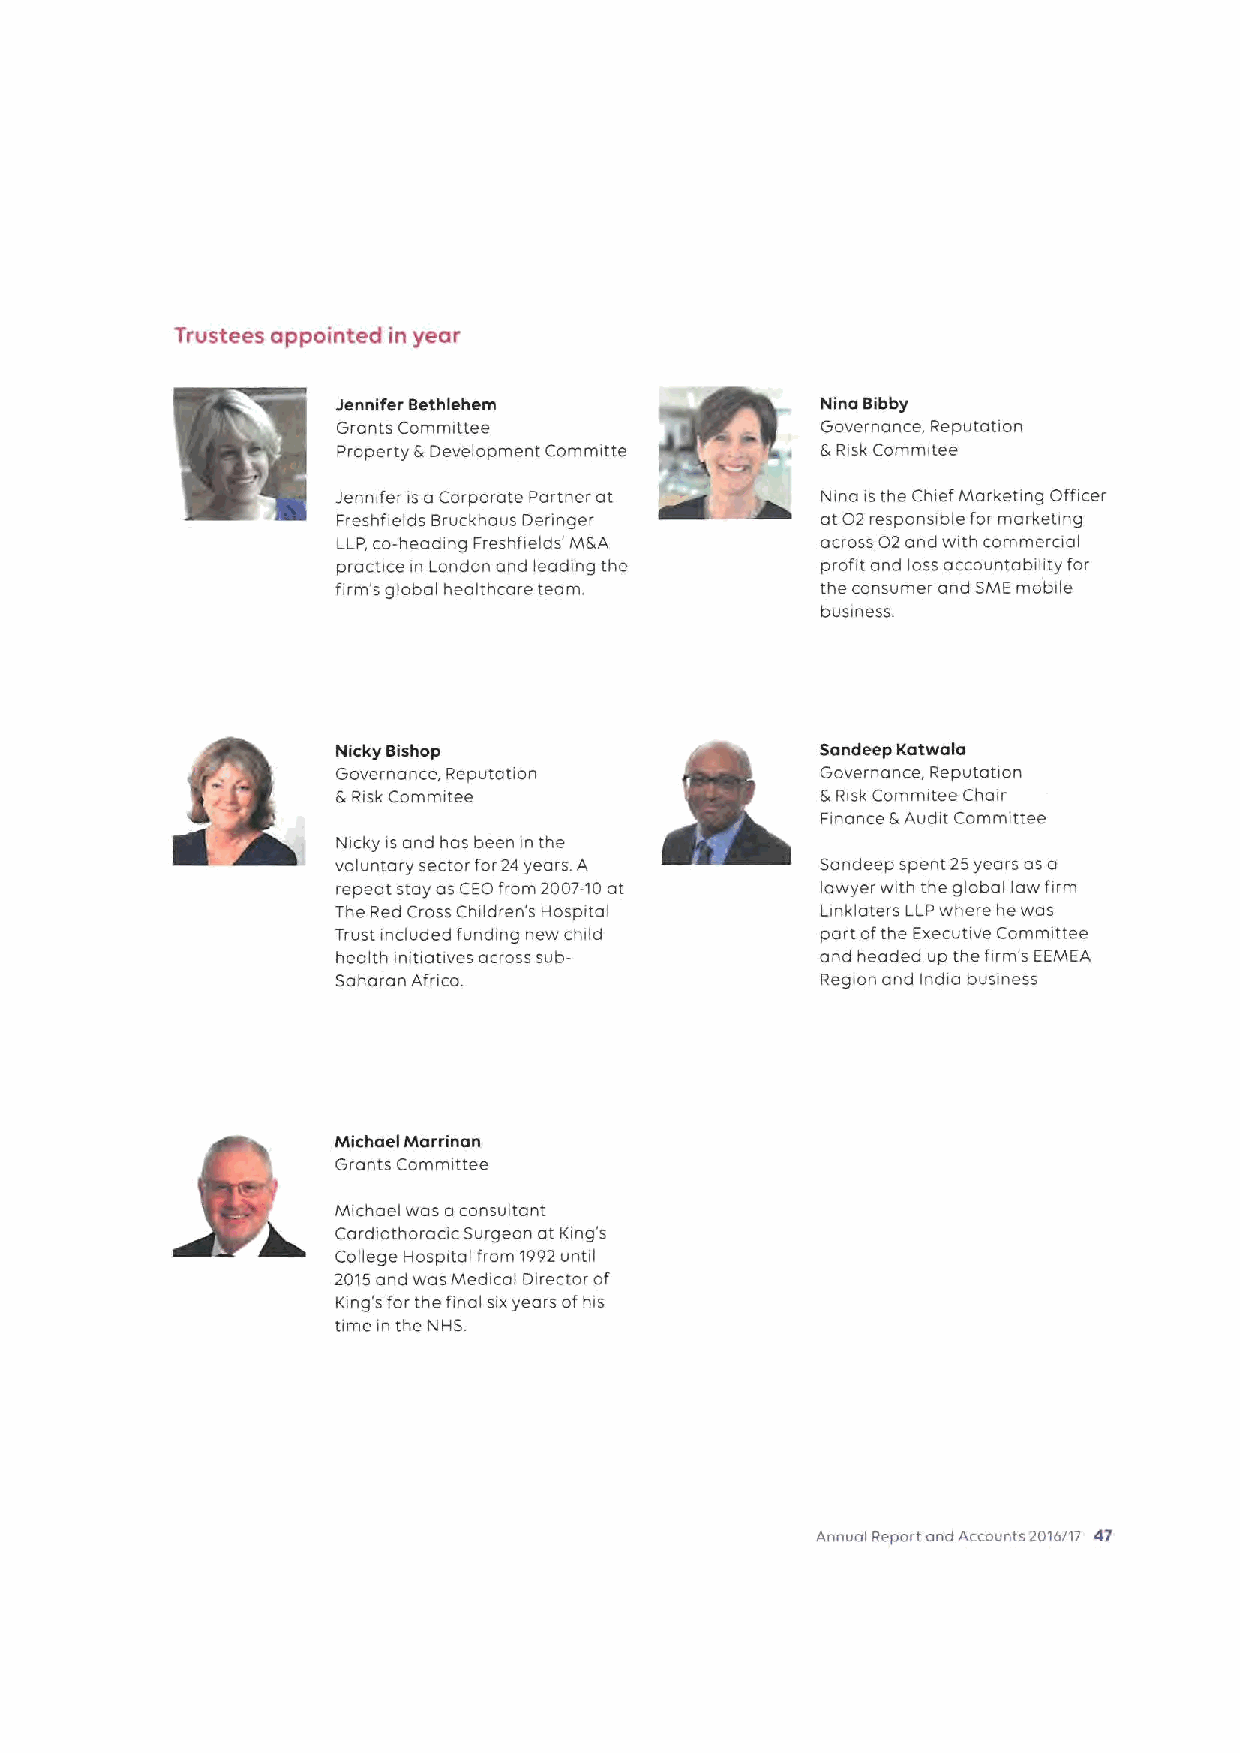
TrtJstees appointed in year
 Jennifer Bethlehem              Nina Bibby
 Grants Committee                Governance, Reputation
 Property &Development Committe  &Risk Commitee
 Jennifer is aCorporate Partner at Nina is the Chief Marketing Officer
 Freshfields Bruckhaus Deringer  at 02responsible for marketing
 LLP,co-heading Freshfields' M&A across 02and with commercial
 practice in London and leading the profit and loss accountability for
 firm's global healthcare team.  the consumer and SMEmobile
 business.
 Nicky Bishop                    Sandeep Katwala
 Governance, Reputation          Governance, Reputation
 &Risk Commitee                  5 Risk Commitee Chair
 Finance E Audit Committee
 Nicky isand has been in the
 voluntary sector for24years. A  San deep spent 25years as a
 repeat stay os CEO from 2007-10at lawyer with the globallaw firm
 The Red Cross Children's Hospital Linklaters LLPwhere he was
 Trust included funding new child part ofthe Executwe Committee
 health initiatwes across sub-   and headed up the firm's EEMEA
 Saharan Africa.                 Region and india business
 Michael Marrinan
 Grants Committee
 Michael was aconsultant
 Cardiothoraac Surgeon at King's
 College Hospital from 1992until
 2015and was Medi cai Director of
 King's for the final sixyears ofhis
 time in the NHS
 Annual Report and Accounts 2016/17 47